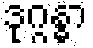
ဒုဂ္ဂန္ဓာ